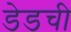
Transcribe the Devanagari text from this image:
डेडची